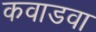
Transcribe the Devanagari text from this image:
कवाडवा